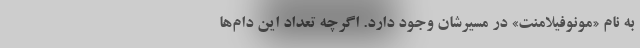
به نام «مونوفیلامنت» در مسیرشان وجود دارد. اگرچه تعداد این دام‌ها